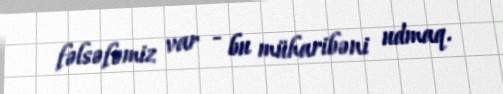
fəlsəfəmiz var - bu müharibəni udmaq.